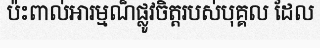
ប៉ះពាល់អារម្មណ៏ផ្លូវចិត្តរបស់បុគ្គល ដែល